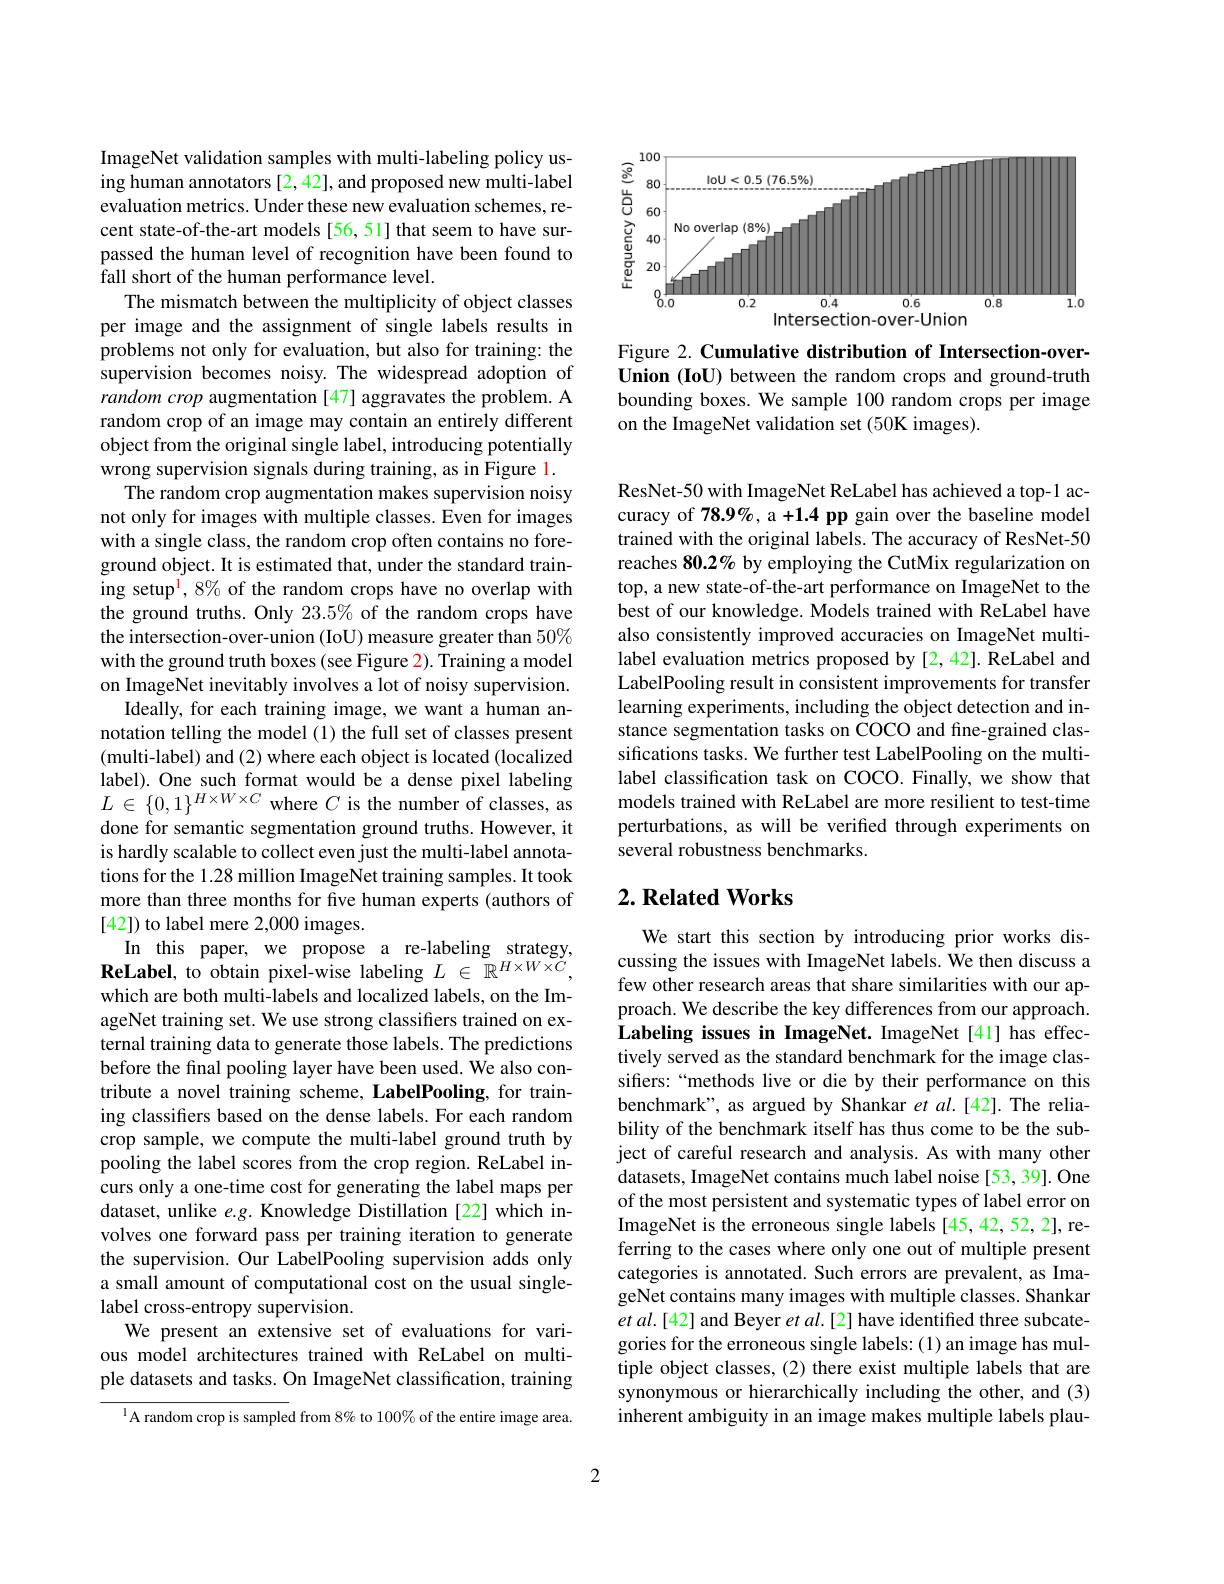
ImageNet validation samples with multi-labeling policy using human annotators [2,42], and proposed new multi-label evaluation metrics. Under these new evaluation schemes, recent state-of-the-art models [56,51] that seem to have surpassed the human level of recognition have been found to fall short of the human performance level.
The mismatch between the multiplicity of object classes per image and the assignment of single labels results in problems not only for evaluation, but also for training: the supervision becomes noisy. The widespread adoption of random crop augmentation [47] aggravates the problem. A random crop of an image may contain an entirely different object from the original single label, introducing potentially wrong supervision signals during training, as in Figure l.
The random crop augmentation makes supervision noisy not only for images with multiple classes. Even for images with a single class, the random crop often contains no foreground object. It is estimated that, under the standard training setup$^{\mathrm{i}},8\%$ of the random crops have no overlap with the ground truths. Only 23.5% of the random crops have the intersection-over-union (IoU) measure greater than 50% with the ground truth boxes (see Figure 2). Training a model on ImageNet inevitably involves a lot of noisy supervision.
Ideally, for each training image, we want a human annotation telling the model (1) the full set of classes present (multi-label) and (2) where each object is located (localized label). One such format would be a dense pixel labeling $L\in\{0,1\}^{H\times W\times C}$ where $C$ is the number of classes, as done for semantic segmentation ground truths. However, it is hardly scalable to collect even just the multi-label annotations for the 1.28 million ImageNet training samples. It took more than three months for five human experts (authors of [42]) to label mere 2,000 images.
In this paper, we propose a re-labeling strategy, $\textbf{ReLabel, to obtain pixel- wise labeling }L\in \mathbb{R} ^{H\times W\times C}$, which are both multi-labels and localized labels, on the ImageNet training set. We use strong classifiers trained on external training data to generate those labels. The predictions before the final pooling layer have been used. We also contribute a novel training scheme, LabelPooling, for training classifers based on the dense labels. For each random crop sample, we compute the multi-label ground truth by pooling the label scores from the crop region. ReLabel incurs only a one-time cost for generating the label maps per dataset, unlike $e.g.$ Knowledge Distillation[22] which involves one forward pass per training iteration to generate the supervision. Our LabelPooling supervision adds only a small amount of computational cost on the usual singlelabel cross-entropy supervision.
We present an extensive set of evaluations for various model architectures trained with ReLabel on multiple datasets and tasks. On ImageNet classification, training
$^{1}$A random crop is sampled from 8% to 100% of the entire image area.

<FigureHere>

Figure 2. Cumulative distribution of Intersection-overUnion (IoU) between the random crops and ground-truth bounding boxes. We sample 100 random crops per image on the ImageNet validation set (50K images).

ResNet-50 with ImageNet ReLabel has achieved a top-1 accuracy of 78.9%, a +1.4 pp gain over the baseline model trained with the original labels. The accuracy of ResNet-50 reaches 80.2% by employing the CutMix regularization on top, a new state-of-the-art performance on ImageNet to the best of our knowledge. Models trained with ReLabel have also consistently improved accuracies on ImageNet multilabel evaluation metrics proposed by [2,42]. ReLabel and LabelPooling result in consistent improvements for transfer learning experiments, including the object detection and instance segmentation tasks on COCO and fine-grained classifications tasks. We further test LabelPooling on the multilabel classification task on COCO. Finally, we show that models trained with ReLabel are more resilient to test-time perturbations, as will be verified through experiments on several robustness benchmarks.

## $2. \textbf{Related Works}$

We start this section by introducing prior works discussing the issues with ImageNet labels. We then discuss a few other research areas that share similarities with our approach. We describe the key differences from our approach. Labeling issues in ImageNet. ImageNet [41] has effectively served as the standard benchmark for the image classifers:“methods live or die by their performance on this benchmark", as argued by Shankar et al.[42]. The reliability of the benchmark itself has thus come to be the subject of careful research and analysis. As with many other datasets, ImageNet contains much label noise [53, 39]. One of the most persistent and systematic types of label error on ImageNet is the erroneous single labels [45,42,52,2], referring to the cases where only one out of multiple present categories is annotated. Such errors are prevalent, as ImageNet contains many images with multiple classes. Shankar $etal.[42]$ and Beyer et al.[2] have identified three subcategories for the erroneous single labels:(1) an image has multiple object classes, (2) there exist multiple labels that are synonymous or hierarchically including the other, and (3) inherent ambiguity in an image makes multiple labels plau-

2